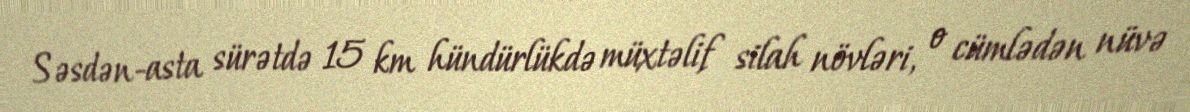
Səsdən-asta sürətdə 15 km hündürlükdə müxtəlif silah növləri, o cümlədən nüvə